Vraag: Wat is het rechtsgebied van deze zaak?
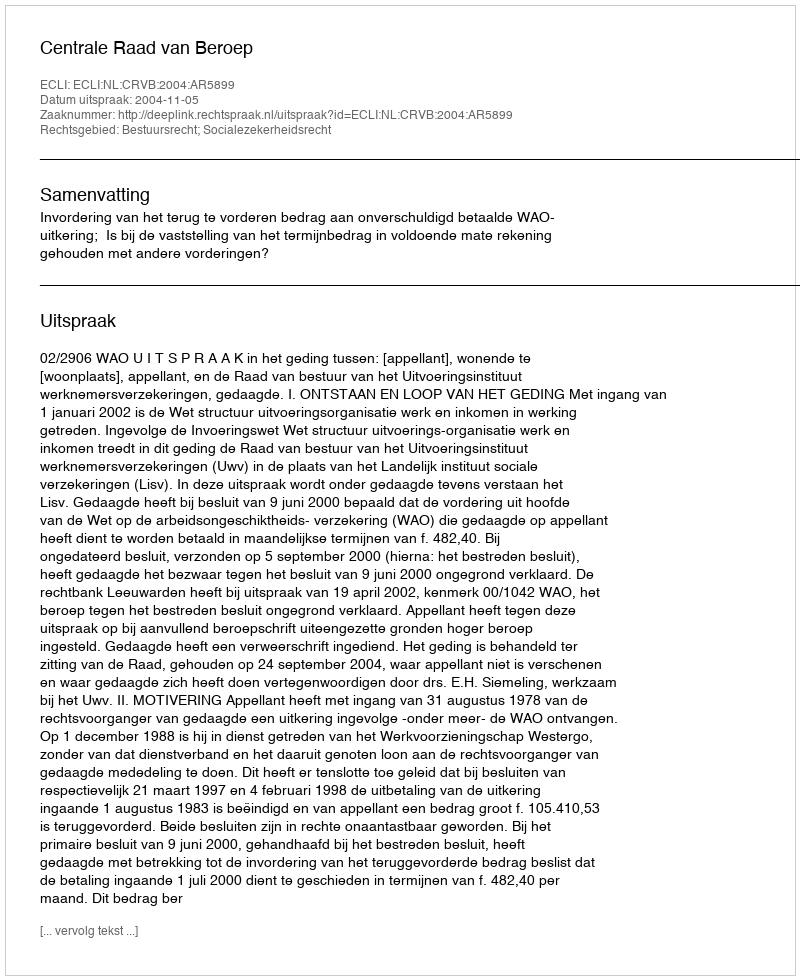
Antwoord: Bestuursrecht; Socialezekerheidsrecht